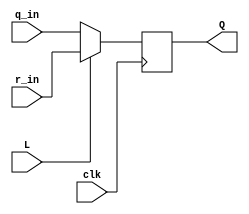
module top_module (
	input clk,
	input L,
	input r_in,
	input q_in,
	output reg Q);
    
    wire temp = L ? r_in : q_in;
    
    always@(posedge clk)
        Q <= temp;

endmodule